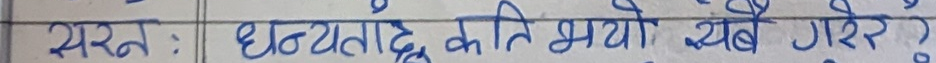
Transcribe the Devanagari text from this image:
सरल : धन्यताको कति भयो यतै गरे?